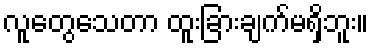
လူတွေသေတာ ထူးခြားချက်မရှိဘူး။